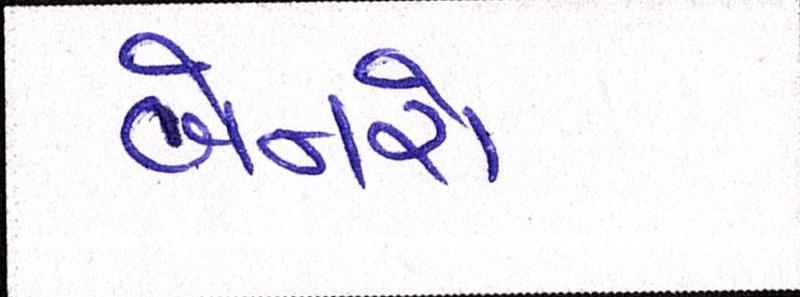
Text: બેનરો